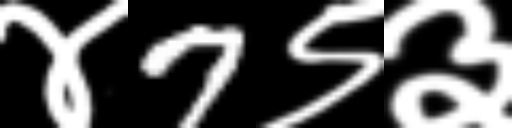
Text: ४7९३